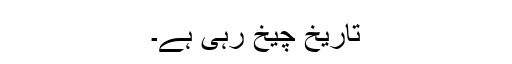
تاریخ چیخ رہی ہے۔